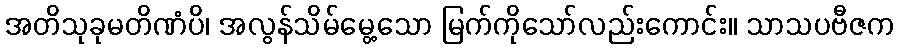
အတိသုခုမတိဏံပိ၊ အလွန်သိမ်မွေ့သော မြက်ကိုသော်လည်းကောင်း။ သာသပဗီဇက